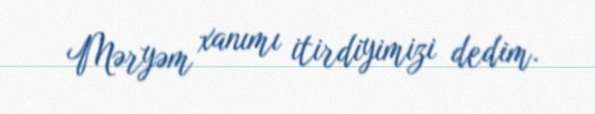
Məryəm xanımı itirdiyimizi dedim.